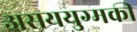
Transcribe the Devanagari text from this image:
असययुग्मकी